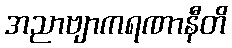
အညာဗျာကရဏာနီတိ